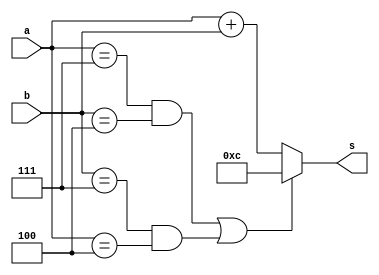

//=======================================================
//  This code is generated by Terasic System Builder
//=======================================================

module add3_err(
	input [2:0] a,
	input [2:0] b,
	output [3:0] s);



//=======================================================
//  REG/WIRE declarations
//=======================================================
reg [3:0] s_temp;



//=======================================================
//  Structural coding
//=======================================================

always @(*) begin
	s_temp = a + b;
	if ((a == 4'b111 & b == 4'b100) | (b == 4'b111 & a == 4'b100))
		s_temp = 4'b1100;
end

assign s = s_temp;

endmodule